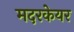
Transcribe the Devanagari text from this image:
मदरकेयर